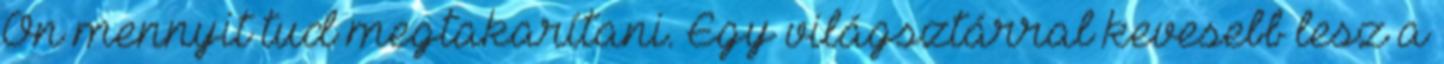
Ön mennyit tud megtakarítani. Egy világsztárral kevesebb lesz a